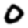
Digit: 0